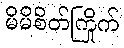
မိမိစိတ်ကြိုက်